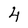
Character: 4